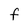
Character: F